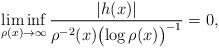
LaTeX: \begin{align*} \liminf_{\rho(x)\to\infty} \frac{|h(x)|}{\rho^{-2}(x) \bigl(\log \rho(x)\bigr)^{-1}}=0,\end{align*}